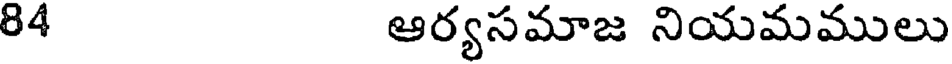
84 ఆర్యసమాజ నియమములు